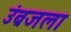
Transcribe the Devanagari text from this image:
उंब्रजला